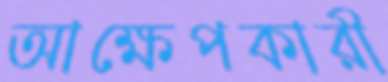
আক্ষেপকারী